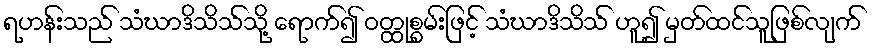
ရဟန်းသည် သံဃာဒိသိသ်သို့ ရောက်၍ ဝတ္ထုစွမ်းဖြင့် သံဃာဒိသိသ် ဟူ၍ မှတ်ထင်သူဖြစ်လျက်